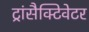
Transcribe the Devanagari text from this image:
ट्रांसैक्टिवेटर